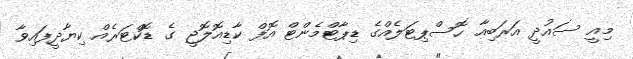
މިއީ ސައުދީ އަރަބިއާ ހޮސްޕިޓަލެއްގެ ޑިޕާޓްމެންޓް އޮފް ކާޑިއޮލޮޖީ ގެ ޑޮކްޓަރެއް ކިޔާދީފައިވާ